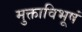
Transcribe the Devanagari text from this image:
मुक्ताविभूषं